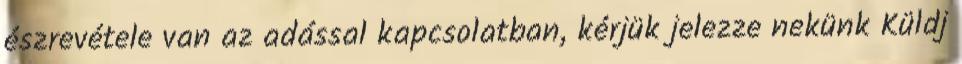
észrevétele van az adással kapcsolatban, kérjük jelezze nekünk Küldj